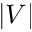
| { V } |